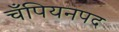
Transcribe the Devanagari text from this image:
चँपियनपद